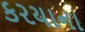
કરયાના